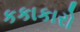
કકાકારો